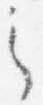
之